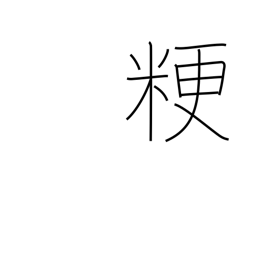
Meaning: ordinary rice